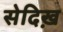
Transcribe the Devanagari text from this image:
सेदिख़